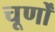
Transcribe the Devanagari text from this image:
चूर्णों